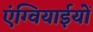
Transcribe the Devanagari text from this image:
एंग्वियाईयों